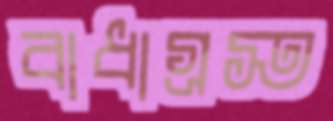
বাধাগ্রস্ত